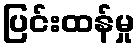
ပြင်းထန်မှု